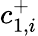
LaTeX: c_{1,i}^{+}